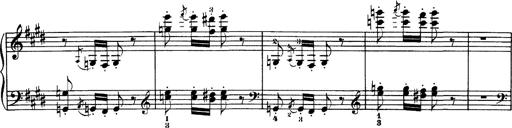
Title: Hungarian Rhapsody No.1
Composer: Franz Liszt
Key: C-sharp minor